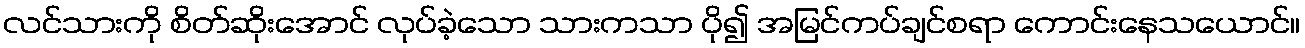
လင်သားကို စိတ်ဆိုးအောင် လုပ်ခဲ့သော သားကသာ ပို၍ အမြင်ကပ်ချင်စရာ ကောင်းနေသယောင်။